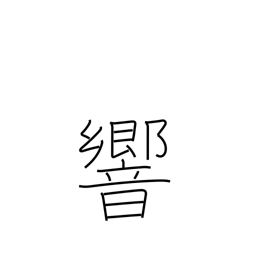
Meaning: vibrate